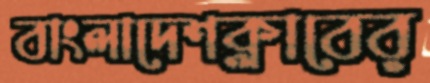
বাংলাদেশক্লাবের